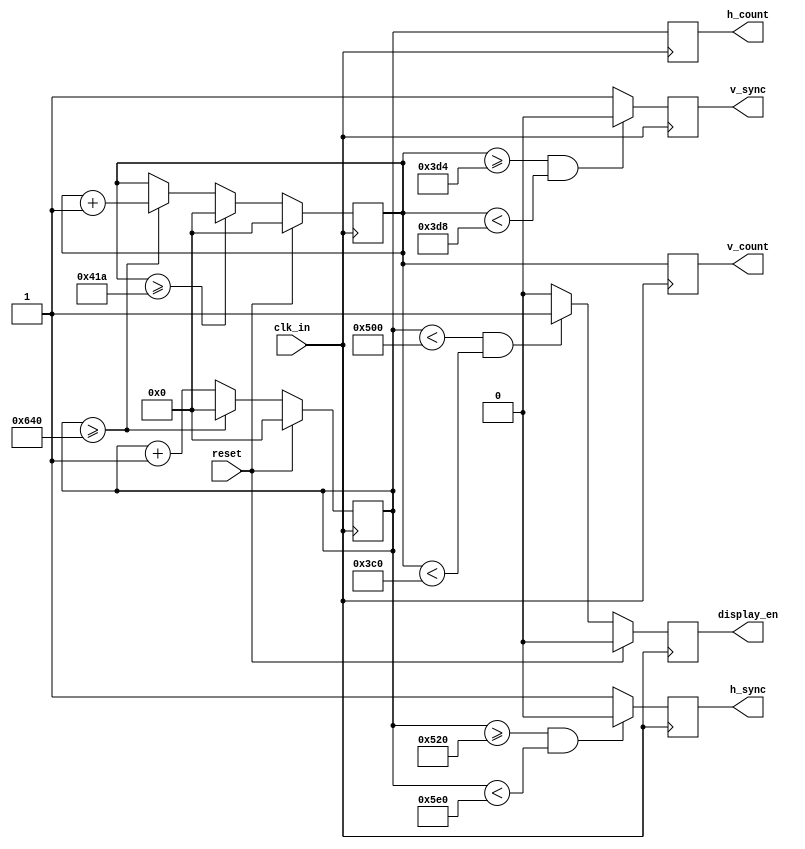
/*
640x480 VGA singal generator
============================

- Creates h_sync,v_sync signals
- Creates display enable signal and horizontal, vertical
pixel position in display (h,v)
*/

`default_nettype none


module vga_sync(
input wire clk_in,
input wire reset,
output reg h_sync,
output reg v_sync,
output reg [11:0] h_count,
output reg [11:0] v_count,
output reg display_en
);


// Pixel counters
reg [11:0] h_counter = 0;
reg [11:0] v_counter = 0;

/*

//FOR 100MHz

localparam h_pixel_total = 3200;
localparam h_pixel_display = 2560;
localparam h_pixel_front_porch_amount = 64;
localparam h_pixel_sync_amount = 384;
localparam h_pixel_back_porch_amount = 192;

localparam v_pixel_total = 2100;
localparam v_pixel_display = 1920;
localparam v_pixel_front_porch_amount = 40;
localparam v_pixel_sync_amount = 8;
localparam v_pixel_back_porch_amount = 132;

*/

// FOR 50MHz

localparam h_pixel_total = 1600;
localparam h_pixel_display = 1280;
localparam h_pixel_front_porch_amount = 32;
localparam h_pixel_sync_amount = 192;
localparam h_pixel_back_porch_amount = 96;

localparam v_pixel_total = 1050;
localparam v_pixel_display = 960;
localparam v_pixel_front_porch_amount = 20;
localparam v_pixel_sync_amount = 4;
localparam v_pixel_back_porch_amount = 66;


/*

//FOR 25MHz

localparam h_pixel_total = 800;
localparam h_pixel_display = 640;
localparam h_pixel_front_porch_amount = 16;
localparam h_pixel_sync_amount = 96;
localparam h_pixel_back_porch_amount = 48;

localparam v_pixel_total = 525;
localparam v_pixel_display = 480;
localparam v_pixel_front_porch_amount = 10;
localparam v_pixel_sync_amount = 2;
localparam v_pixel_back_porch_amount = 33;

*/

always @(posedge clk_in) begin

if (reset) begin
//Reset counter values
h_counter <= 0;
v_counter <= 0;
display_en <= 0;
end
else
begin
// Generate display enable signal
if (h_counter < h_pixel_display && v_counter < v_pixel_display)
display_en <= 1;
else
display_en <= 0;

//Check if horizontal has arrived to the end
if (h_counter >= h_pixel_total)
begin
h_counter <= 0;
v_counter <= v_counter + 1;
end
else
//horizontal increment pixel value
h_counter <= h_counter + 1;
// check if vertical has arrived to the end
if (v_counter >= v_pixel_total)
v_counter <= 0;
end
end

always @(posedge clk_in) begin
// Check if sync_pulse needs to be created
if (h_counter >= (h_pixel_display + h_pixel_front_porch_amount)
&& h_counter < (h_pixel_display + h_pixel_front_porch_amount + h_pixel_sync_amount) )
h_sync <= 0;
else
h_sync <= 1;
// Check if sync_pulse needs to be created
if (v_counter >= (v_pixel_display + v_pixel_front_porch_amount)
&& v_counter < (v_pixel_display + v_pixel_front_porch_amount + v_pixel_sync_amount) )
v_sync <= 0;
else
v_sync <= 1;
end

// Route h_/v_counter to out
always @ (posedge clk_in) begin
h_count <= h_counter;
v_count <= v_counter;
end

endmodule